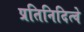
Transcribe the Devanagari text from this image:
प्रतिनिदित्वे